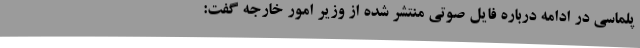
پلماسی در ادامه درباره فایل صوتی منتشر شده از وزیر امور خارجه گفت: